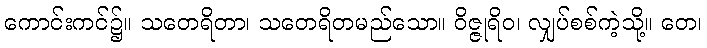
ကောင်းကင်၌။ သတေရိတာ၊ သတေရိတမည်သော။ ဝိဇ္ဇုရိဝ၊ လျှပ်စစ်ကဲ့သို့။ တေ၊